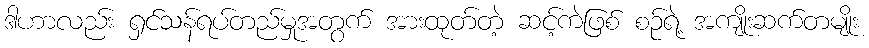
ဒါဟာလည်း ရှင်သန်ရပ်တည်မှုအတွက် အားထုတ်တဲ့ ဆင့်ကဲဖြစ် စဉ်ရဲ့ အကျိုးဆက်တမျိုး